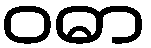
ဝဓာ